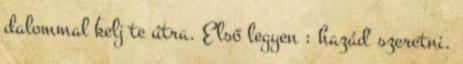
dalommal kelj te útra. Első legyen : hazád' szeretni.